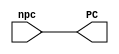
`timescale 1ns / 1ps

module pc_mod (
   output reg [31:0] PC,             // Output of pc_mod
   input wire [31:0] npc             // Input of pc_mod
   );

   initial begin
      PC <= 0;
   end
   always @ ( npc) begin
      #1 PC <= npc;
   end

endmodule // pc_mod